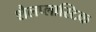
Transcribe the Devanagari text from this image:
शैलप्लास्टिक